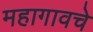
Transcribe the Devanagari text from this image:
महागावचे